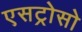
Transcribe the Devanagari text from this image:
एसट्रोसो